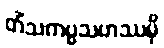
တိံသကပ္ပသဟဿမှိ